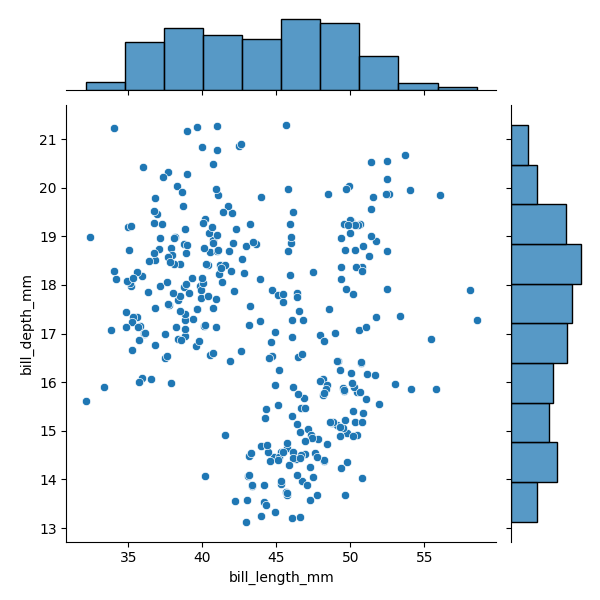
python, seaborn, JointGrid, scatterplot, histplot